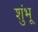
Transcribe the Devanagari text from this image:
शुंभू